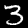
Label: 3